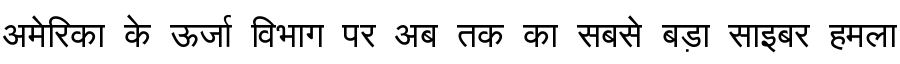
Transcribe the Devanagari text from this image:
अमेरिका के ऊर्जा विभाग पर अब तक का सबसे बड़ा साइबर हमला